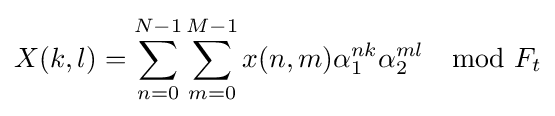
X(k,l)=\sum _{n=0}^{N-1}\sum _{m=0}^{M-1}x(n,m)\alpha _{1}^{nk}\alpha _{2}^{ml}\mod F_{t}